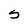
Character: S